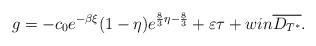
LaTeX: \begin{align*}g=-c_0e^{-\beta\xi}(1-\eta)e^{\frac{8}{3}\eta -\frac{8}{3}}+\varepsilon\tau+win \overline{D_{T^*}}.\end{align*}